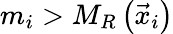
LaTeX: m_{i}>M_{R}\left(\vec{x}_{i}\right)